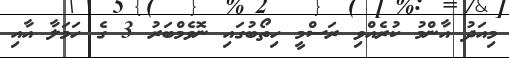
މިއަދު އާންމު ކުރެއްވި ރަސްމީ ހިތޯބުގައި ނޮވެމްބަރު 3 ގެ ހަމަލާ އާއި